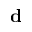
\mathbf { d }